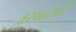
તરખાટનો